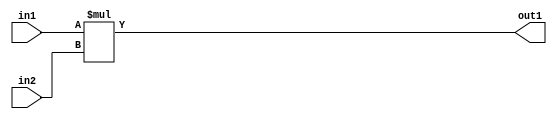
`timescale 1ps / 1ps
/*****************************************************************************
    Verilog RTL Description
    
    
    Created by: Stratus DpOpt 21.05.01 
*******************************************************************************/

module SobelFilter_Mul_24Ux24U_34U_4 (
	in2,
	in1,
	out1
	); /* architecture "behavioural" */ 
input [23:0] in2,
	in1;
output [33:0] out1;
wire [33:0] asc001;

assign asc001 = 
	+(in1 * in2);

assign out1 = asc001;
endmodule

/* CADENCE  urnzSQ4= : u9/ySxbfrwZIxEzHVQQV8Q== ** DO NOT EDIT THIS LINE ******/